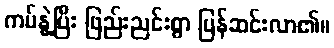
ကပ်နွဲ့ပြီး ဖြည်းညင်းစွာ ပြန်ဆင်းလာ၏။